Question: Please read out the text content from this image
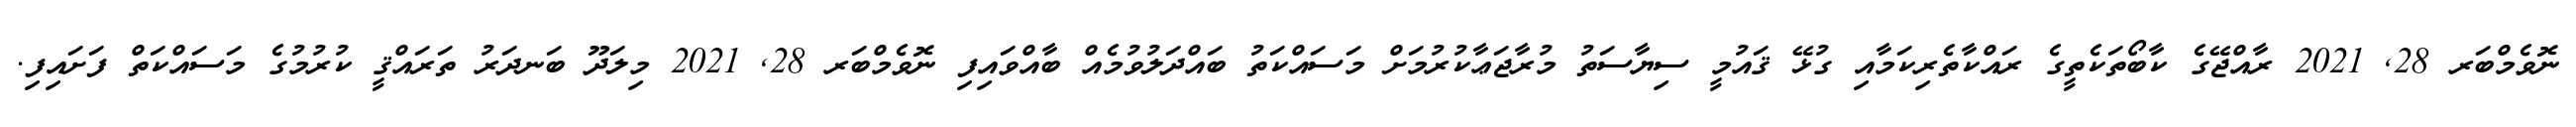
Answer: ނޮވެމްބަރ 28, 2021 ރާއްޖޭގެ ކާބޯތަކެތީގެ ރައްކާތެރިކަމާއި ގުޅޭ ޤައުމީ ސިޔާސަތު މުރާޖަޢާކުރުމަށް މަސައްކަތު ބައްދަލުވުމެއް ބާއްވައިފި ނޮވެމްބަރ 28, 2021 މިލަދޫ ބަނދަރު ތަރައްޤީ ކުރުމުގެ މަސައްކަތް ފަށައިފި.